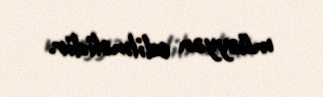
müəyyən edilməlidir.